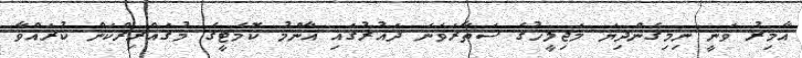
އާމިރު ވަނީ ނިމިގެންދިޔަ މަޖިލީހުގެ ސަތާރަވަނަ ދައުރުގައި އާންމު ކޮމެޓީގެ މުޤައްރިރްކަން ކުރައްވާ